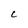
Character: C